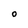
Character: O